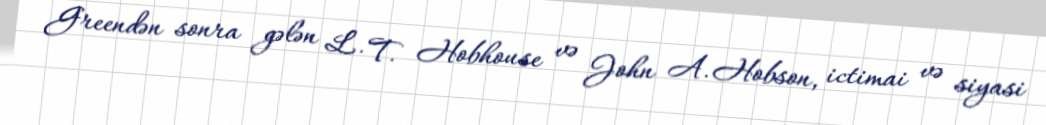
Greendən sonra gələn L. T. Hobhouse və John A. Hobson, ictimai və siyasi